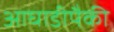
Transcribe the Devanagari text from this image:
आघाडीपैकी